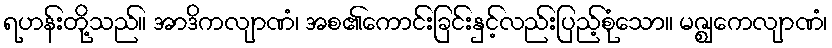
ရဟန်းတို့သည်။ အာဒိကလျာဏံ၊ အစ၏ကောင်းခြင်းနှင့်လည်းပြည့်စုံသော။ မဇ္ဈေကလျာဏံ၊